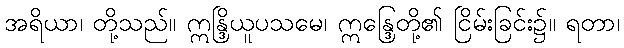
အရိယာ၊ တို့သည်။ ဣန္ဒြိယူပသမေ၊ ဣန္ဒြေတို့၏ ငြိမ်းခြင်း၌။ ရတာ၊